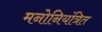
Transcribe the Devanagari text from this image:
मनोनियंत्रित